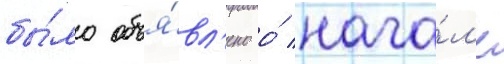
бы́ло объя́вл'ено о́ нача́л'е